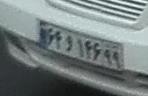
۶۴و۱۴۶۹۹